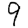
Digit: 9